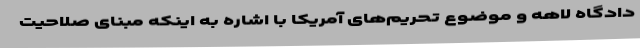
دادگاه لاهه و موضوع تحریم‌های آمریکا با اشاره به اینکه مبنای صلاحیت